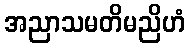
အညာသမတိမညိဟံ